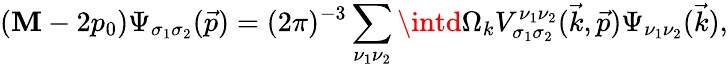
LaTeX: ({\cal\mathbf{M}}-2p_{0})\Psi_{\sigma_{1}\sigma_{2}}(\vec{{p}})=(2\pi)^{-3}\sum_{\nu_{1}\nu_{2}}\intd\Omega_{k}V_{\sigma_{1}\sigma_{2}}^{\nu_{1}\nu_{2}}(\vec{{k}},\vec{{p}})\Psi_{\nu_{1}\nu_{2}}(\vec{{k}}),